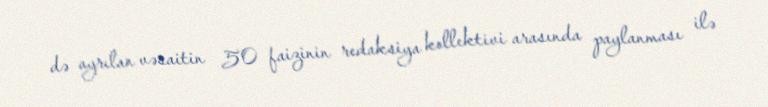
də ayrılan vəsaitin 50 faizinin redaksiya kollektivi arasında paylanması ilə